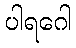
ပါရဂေါ